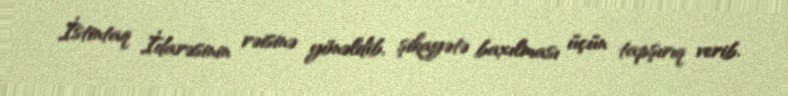
İstintaq İdarəsinin rəisinə yönəldib, şikayətə baxılması üçün tapşırıq verib.